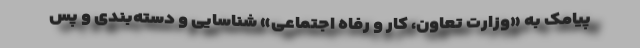
پیامک به «وزارت تعاون، کار و رفاه اجتماعی» شناسایی و دسته‌بندی و پس